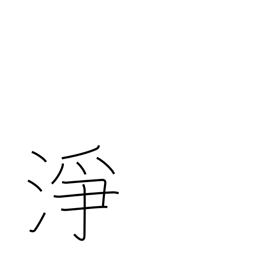
Meaning: unspoiled